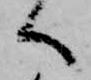
へ